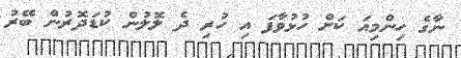
ނާގެ ހިންމިއަ ކަށް ހުޅުވާފަ އި ހުރި ދެ ލޮލުން ކުޑަދޮރުން ބޭރު